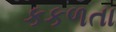
કકળતા